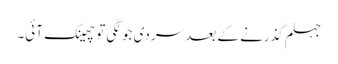
جہلم گذرنے کے بعد سردی جو لگی تو چھینک آئی۔